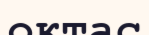
оқтас